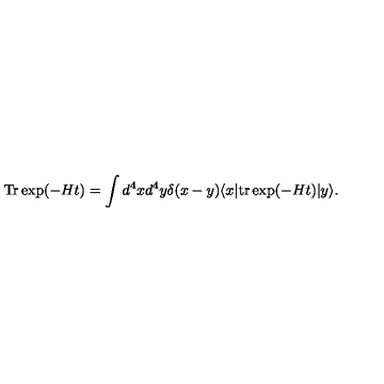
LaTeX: \mathrm { T r } \exp ( - H t ) = \int d ^ { 4 } x d ^ { 4 } y \delta ( x - y ) \langle x | \mathrm { t r } \exp ( - H t ) | y \rangle .